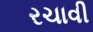
રચાવી